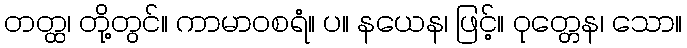
တတ္ထ၊ တို့တွင်။ ကာမာဝစရံ။ ပ။ နယေန၊ ဖြင့်။ ဝုတ္တေန၊ သော။